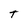
Character: t